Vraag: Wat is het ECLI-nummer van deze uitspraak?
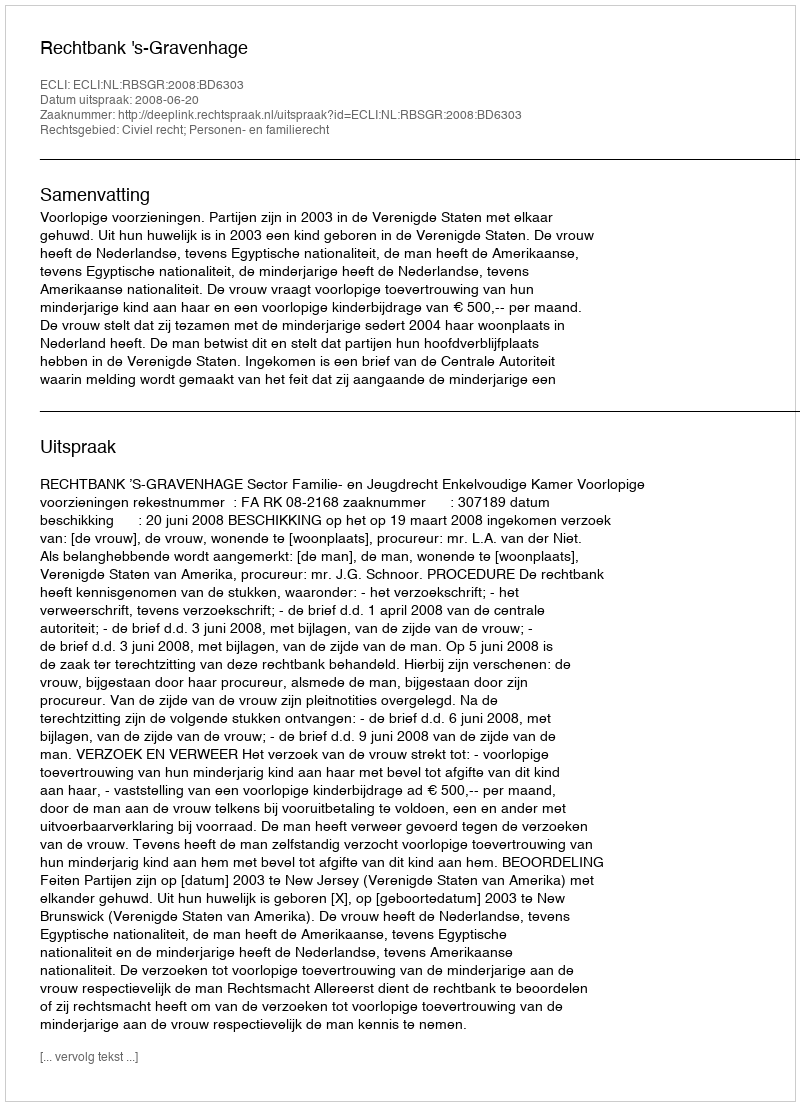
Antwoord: ECLI:NL:RBSGR:2008:BD6303